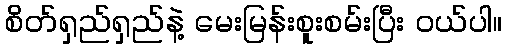
စိတ်ရှည်ရှည်နဲ့ မေးမြန်းစူးစမ်းပြီး ဝယ်ပါ။